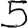
Digit: 5